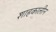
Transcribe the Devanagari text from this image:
शाहकालीन